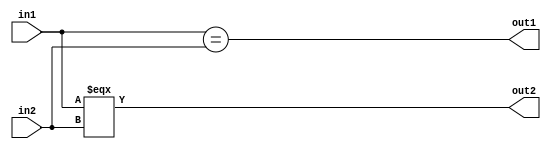
// Code your design here
module logical_and_case_equality(in1,in2,out1,out2);
  input in1,in2;
  output out1,out2;
  assign out1=(in1==in2);
  assign out2=(in1===in2);
endmodule